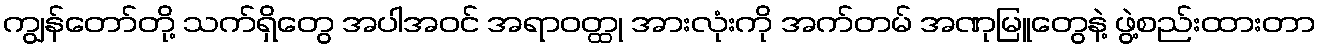
ကျွန်တော်တို့ သက်ရှိတွေ အပါအဝင် အရာဝတ္ထု အားလုံးကို အက်တမ် အဏုမြူတွေနဲ့ ဖွဲ့စည်းထားတာ